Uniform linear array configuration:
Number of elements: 64
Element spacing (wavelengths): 0.75
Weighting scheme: kaiser
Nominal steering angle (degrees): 15
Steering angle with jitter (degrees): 16.0
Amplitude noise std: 0.05
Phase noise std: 0.05

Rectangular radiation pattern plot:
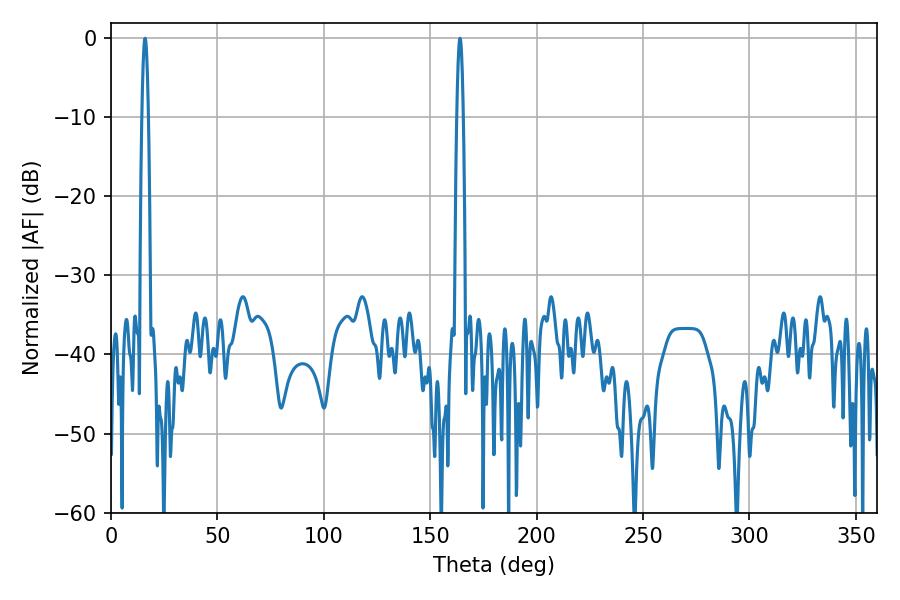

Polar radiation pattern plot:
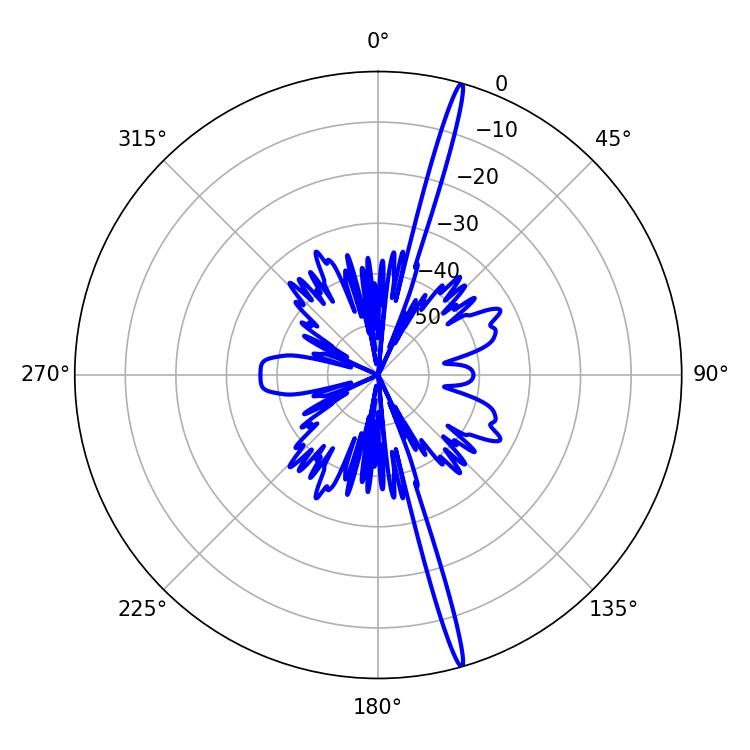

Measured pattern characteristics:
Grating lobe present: TRUE
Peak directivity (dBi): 20.464
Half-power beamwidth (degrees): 1.44
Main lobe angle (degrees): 16.02